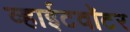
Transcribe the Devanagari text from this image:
व्हाईटवॉटर